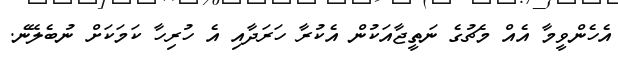
އެހެންވީމާ އެއް މެޗުގެ ނަތީޖާއަކުން އެކުރާ ހަރަދާއި އެ ހުރިހާ ކަމަކަށް ނުބެލޭނެ.